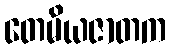
တေမိယဇာတက